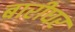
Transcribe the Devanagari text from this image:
बारीघर